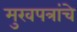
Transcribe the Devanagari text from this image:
मुखपत्रांचे